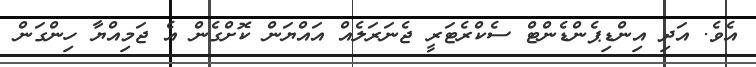
އެވެ. އަދި އިންޑިޕެންޑެންޓް ސެކްރެޓަރީ ޖެނަރަލެއް އައްޔަން ކޮށްގެން އެ ޖަމިއްޔާ ހިންގަން